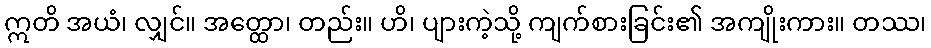
ဣတိ အယံ၊ လျှင်။ အတ္ထော၊ တည်း။ ဟိ၊ ပျားကဲ့သို့ ကျက်စားခြင်း၏ အကျိုးကား။ တဿ၊